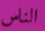
الناس